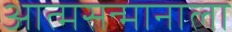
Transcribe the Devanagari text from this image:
आत्मसन्मानाला